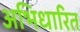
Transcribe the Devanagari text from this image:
अभिधारित